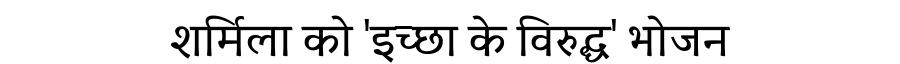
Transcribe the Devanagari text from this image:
शर्मिला को 'इच्छा के विरुद्ध' भोजन